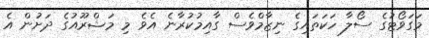
މަގަވޯޓުގެ ސޯލާ ހަކަތައިގެ ނިޒާމްވެސް ގާއިމުކުރާނެ އެވެ މި މަޝްރޫއުގެ ދަށުން އެ